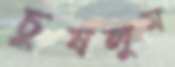
চুষলুম